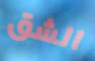
الشق